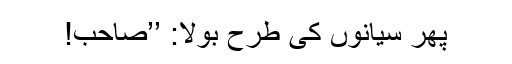
پھر سیانوں کی طرح بولا: ’’صاحب!